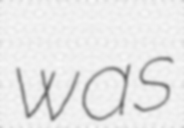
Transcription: was